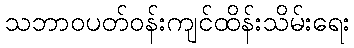
သဘာဝပတ်ဝန်းကျင်ထိန်းသိမ်းရေး